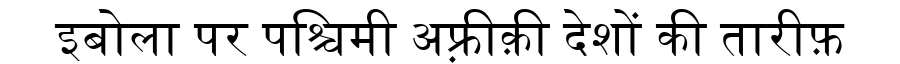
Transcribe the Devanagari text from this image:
इबोला पर पश्चिमी अफ़्रीक़ी देशों की तारीफ़